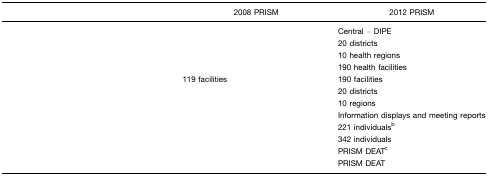
<table><thead><tr><td>[EMPTY_CELL]</td><td><b>2008 PRISM</b></td><td><b>2012 PRISM</b></td></tr></thead><tbody><tr><td>[EMPTY_CELL]</td><td>[EMPTY_CELL]</td><td>Central – DIPE20 districts10 health regions190 health facilities</td></tr><tr><td>[EMPTY_CELL]</td><td>119 facilities</td><td>190 facilities</td></tr><tr><td>[EMPTY_CELL]</td><td>[EMPTY_CELL]</td><td>20 districts</td></tr><tr><td>[EMPTY_CELL]</td><td>[EMPTY_CELL]</td><td>10 regions</td></tr><tr><td>[EMPTY_CELL]</td><td>[EMPTY_CELL]</td><td>Information displays and meeting reports</td></tr><tr><td>[EMPTY_CELL]</td><td>[EMPTY_CELL]</td><td>221 individualsb</td></tr><tr><td>[EMPTY_CELL]</td><td>[EMPTY_CELL]</td><td>342 individuals</td></tr><tr><td>[EMPTY_CELL]</td><td>[EMPTY_CELL]</td><td>PRISM DEATc</td></tr><tr><td>[EMPTY_CELL]</td><td>[EMPTY_CELL]</td><td>PRISM DEAT</td></tr></tbody></table>